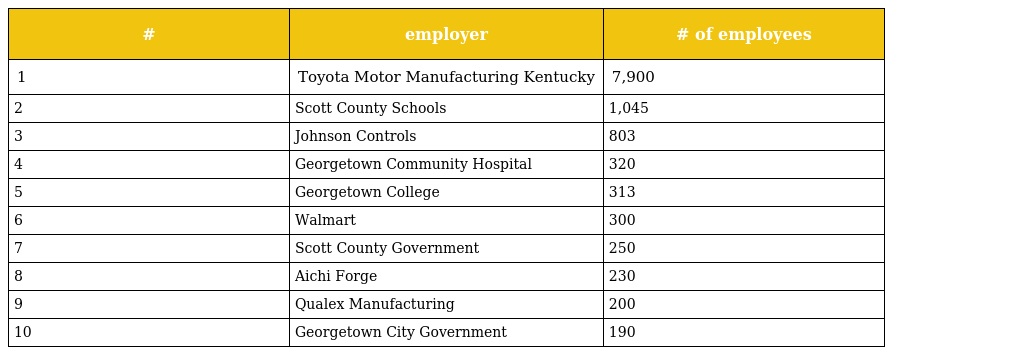
| # | employer | # of employees |
 | --- | --- | --- |
 | 1 | Toyota Motor Manufacturing Kentucky | 7,900 |
 | 2 | Scott County Schools | 1,045 |
 | 3 | Johnson Controls | 803 |
 | 4 | Georgetown Community Hospital | 320 |
 | 5 | Georgetown College | 313 |
 | 6 | Walmart | 300 |
 | 7 | Scott County Government | 250 |
 | 8 | Aichi Forge | 230 |
 | 9 | Qualex Manufacturing | 200 |
 | 10 | Georgetown City Government | 190 |